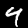
Label: 4